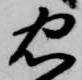
忠